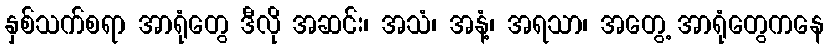
နှစ်သက်စရာ အာရုံတွေ ဒီလို အဆင်း၊ အသံ၊ အနံ့၊ အရသာ၊ အတွေ့ အာရုံတွေကနေ